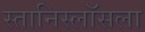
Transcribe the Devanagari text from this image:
स्तानिस्लॉसला